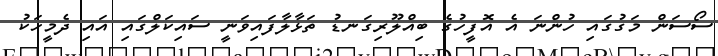
ސޯސަން މަގުގައި ހުންނަ އެ އޮފީހުގެ ބިއްލޫރިގަނޑު ތަޅާލާފައިވަނީ ސައިކަލްގައި އައި ދެމީހަކު